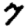
Digit: 7